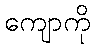
ကျောကို